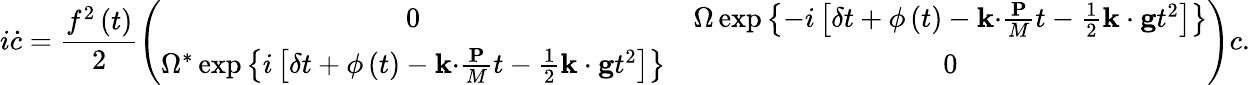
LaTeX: i\dot{c}=\frac{f^{2}\left(t\right)}{2}\left(\begin{array}{cc}{0}&{\Omega\exp\left\{ -i\left[\delta t+\phi\left(t\right)-\mathbf{k\cdot}\frac{\mathbf{P}}{M}t-\frac{1}{2}\mathbf{k\cdot g}t^{2}\right]\right\} }\\ {\Omega^{\ast}\exp\left\{ i\left[\delta t+\phi\left(t\right)-\mathbf{k\cdot}\frac{\mathbf{P}}{M}t-\frac{1}{2}\mathbf{k\cdot g}t^{2}\right]\right\} }&{0}\end{array}\right)c.